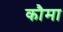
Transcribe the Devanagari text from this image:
कौमा